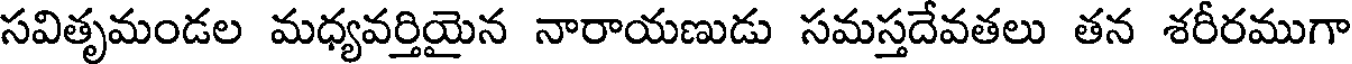
సవితృమండల మధ్యవర్తియైన నారాయణుడు సమస్తదేవతలు తన శరీరముగా